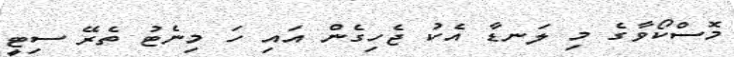
މޮސްކޯވާގެ މި ލަނޑާ އެކު ޖެހިގެން އައި ހަ މިނެޓު ތެރޭ ސިޓީ